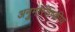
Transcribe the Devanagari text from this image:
अनुमस्तिष्‍कीय